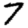
Digit: 7